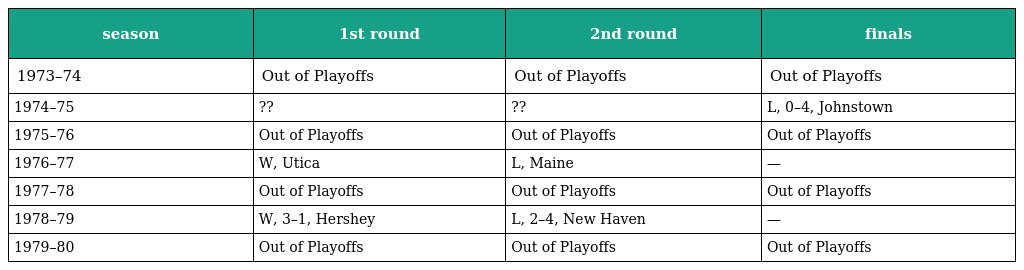
| season | 1st round | 2nd round | finals |
 | --- | --- | --- | --- |
 | 1973–74 | Out of Playoffs | Out of Playoffs | Out of Playoffs |
 | 1974–75 | ?? | ?? | L, 0–4, Johnstown |
 | 1975–76 | Out of Playoffs | Out of Playoffs | Out of Playoffs |
 | 1976–77 | W, Utica | L, Maine | — |
 | 1977–78 | Out of Playoffs | Out of Playoffs | Out of Playoffs |
 | 1978–79 | W, 3–1, Hershey | L, 2–4, New Haven | — |
 | 1979–80 | Out of Playoffs | Out of Playoffs | Out of Playoffs |